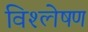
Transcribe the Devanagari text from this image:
विश्ल्‍ोषण